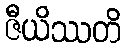
ဇီယိဿတိ